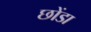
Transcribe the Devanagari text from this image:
छोंडा